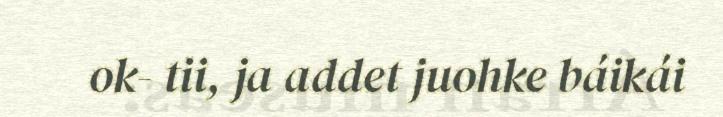
ok- tii, ja addet juohke báikái